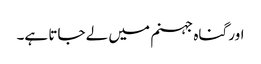
اور گناہ جہنم میں لے جاتا ہے۔